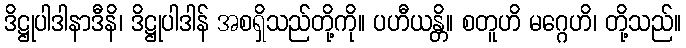
ဒိဋ္ဌုပါဒါနာဒီနိ၊ ဒိဋ္ဌုပါဒါန် အစရှိသည်တို့ကို။ ပဟီယန္တိ။ စတူဟိ မဂ္ဂေဟိ၊ တို့သည်။